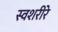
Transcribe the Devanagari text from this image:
स्वशरीरे